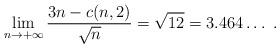
LaTeX: \begin{align*}\lim_{n\to +\infty}\frac{3n-c(n,2)}{\sqrt{n}}=\sqrt{12}=3.464\dots \ . \end{align*}